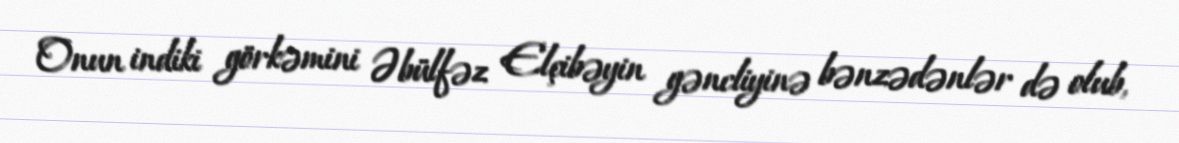
Onun indiki görkəmini Əbülfəz Elçibəyin gəncliyinə bənzədənlər də olub,